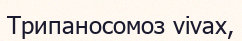
Трипаносомоз vіvax,